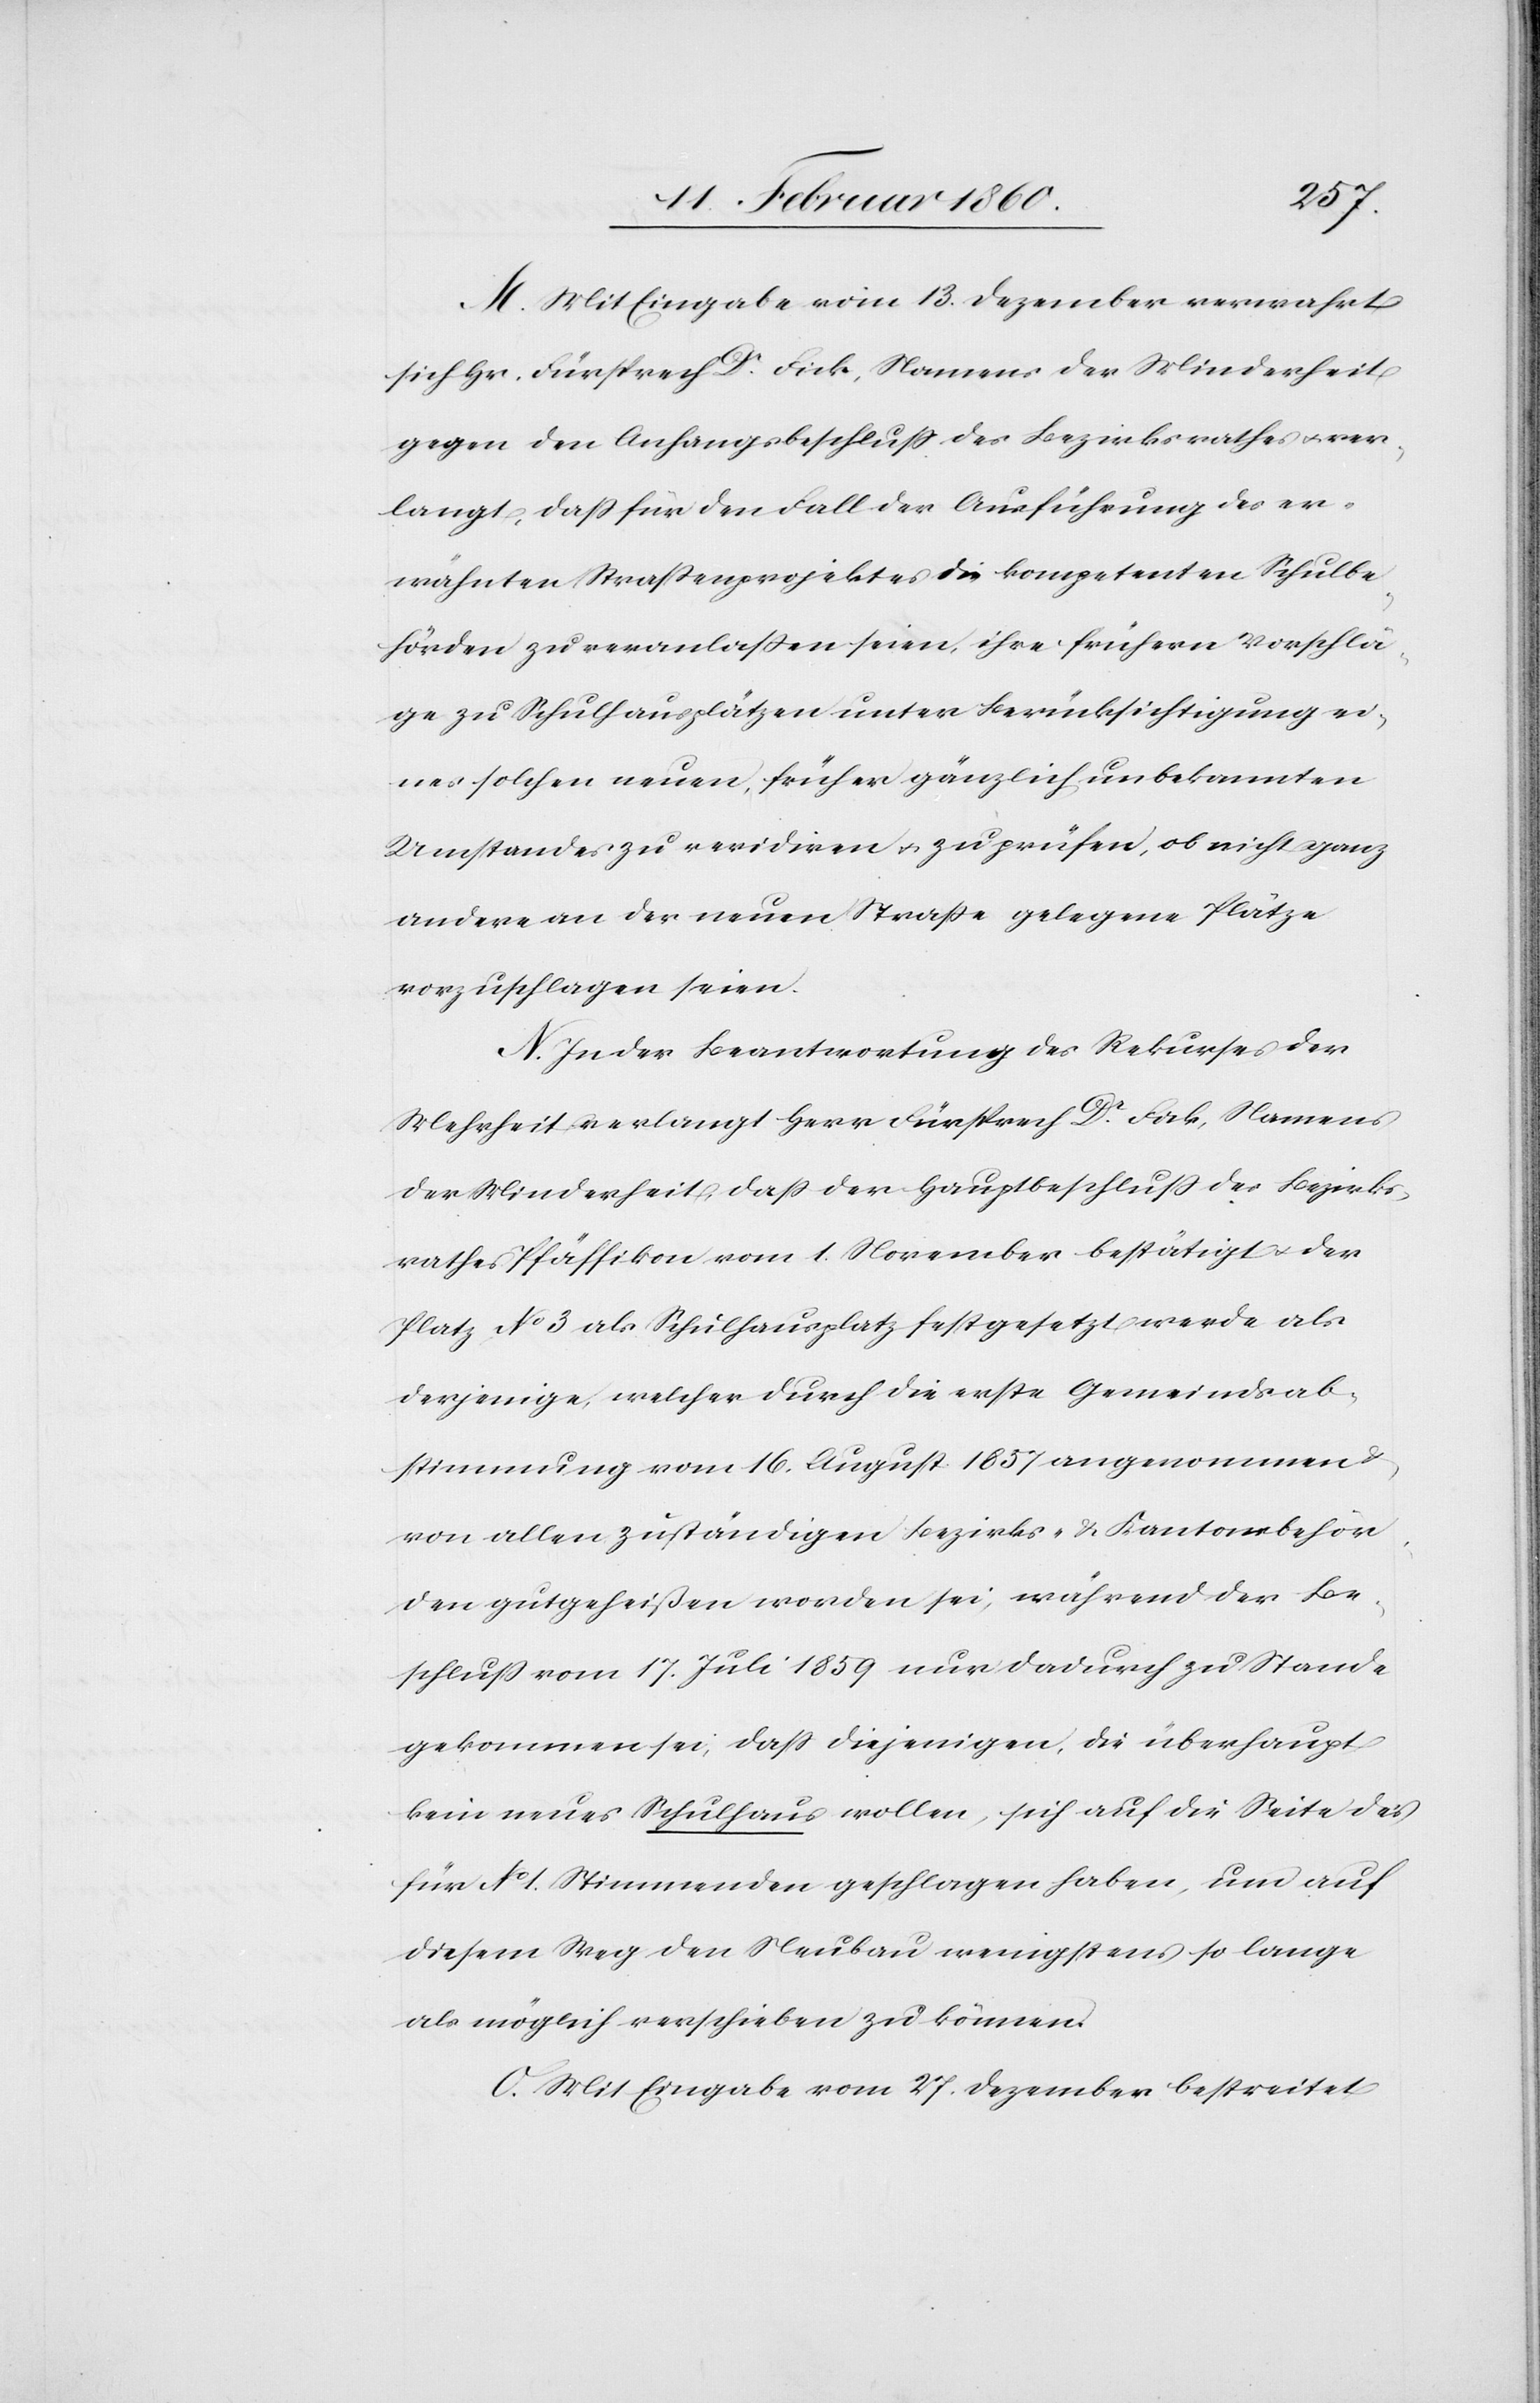
M. Mit Eingabe vom 13. Dezember verwahrt
sich Hr. Fürsprech Dr Fick, Namens der Minderheit
gegen den Anfangsbeschluss des Bezirksrathes u. ver¬
langt, dass für den Fall der Ausführung des er¬
wähnten Strassenprojektes die kompetenten Schulbe¬
hörden zu veranlassen seien, ihre frühern Vorschlä¬
ge zu Schulhausplätzen unter Berücksichtigung ei¬
nes solchen neuen, früher gänzlich unbekannten
Umstandes zu revidiren u. zu prüfen, ob nicht ganz
andere an der neuen Strasse gelegene Plätze
vorzuschlagen seien.
N. In der Beantwortung des Rekurses der
Mehrheit verlangt Herr Fürsprech Dr Fick, Namens
der Minderheit, dass der Hauptbeschluss des Bezirks¬
rathes Pfäffikon vom 1. November bestätigt u. der
Platz No 3. als Schulhausplatz festgesetzt werde als
derjenige, welcher durch die erste Gemeindsab¬
stimmung vom 16. August 1857 angenommen u.
von allen zuständigen Bezirk- u. Kantonsbehör¬
den gutgeheißen worden sei, während der Be¬
schluss vom 17. Juli 1859 nur dadurch zu Stande
gekommen sei, dass diejenigen, die überhaupt
kein neues Schulhaus wollen, sich auf die Seite des
für No 1. Stimmenden geschlagen haben, um auf
diesem Weg den Neubau wenigstens so lange
als möglich verschieben zu können.
O. Mit Eingabe vom 27. Dezember bestreitet